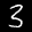
Label: 3